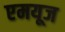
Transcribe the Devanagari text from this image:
एमयूज